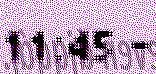
11:45 -